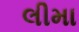
લીમા